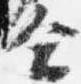
会